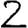
Digit: 2